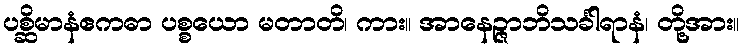
ပစ္ဆိမာနံဧကဓာ ပစ္စယော မတာတိ၊ ကား။ အာနေဉ္ဇာဘိသင်္ခါရာနံ၊ တို့အား။